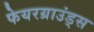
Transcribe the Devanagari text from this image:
फेयरग्राउंड्स